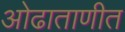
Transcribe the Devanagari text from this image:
ओढाताणीत